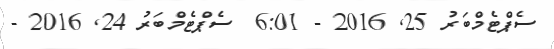
ސެޕްޓެމްބަރު 25